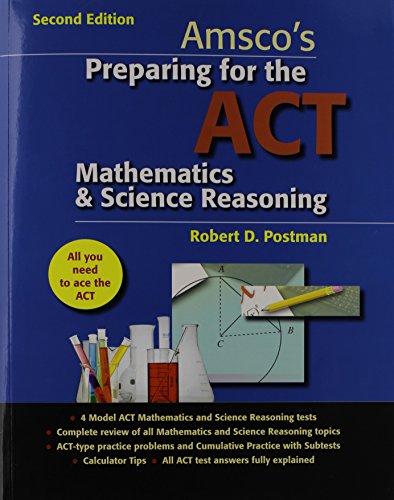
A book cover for Preparing for the ACT Mathematics & Science Reasoning; Robert Postman; Test Preparation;